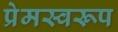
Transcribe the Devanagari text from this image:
प्रेमस्वरूप